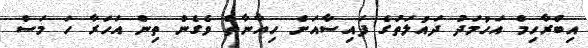
އިބްރާހިމް އަހުމަދު ދައުލަތުގެ ފައިސާއަށް ހިޔާނާތް ވެގެން ތިން އަހަރާ ހަ މަސް